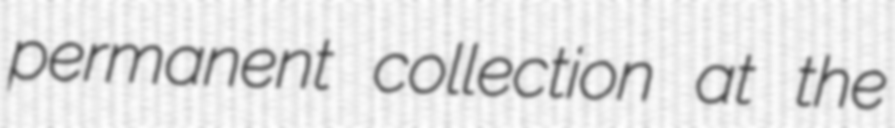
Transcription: permanent collection at the